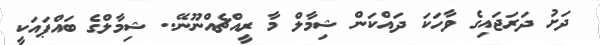
ދަށު ދަރަޖައިގެ ވާހަކަ ދައްކަން ޝިމާލް މާ ރީއްޗެއްނޫނޭ.. ޝިމާލްގެ ބައްޕައަކީ